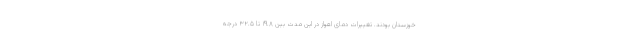
خوزستان بودند. تغییرات دمای اهواز در این مدت بین ۱۹.۸ تا ۳۲.۵ درجه